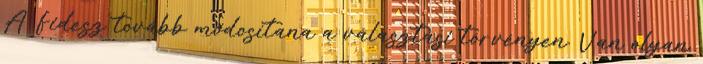
A Fidesz tovább módosítana a választási törvényen. Van olyan